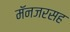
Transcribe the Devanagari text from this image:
मॅनजरसह